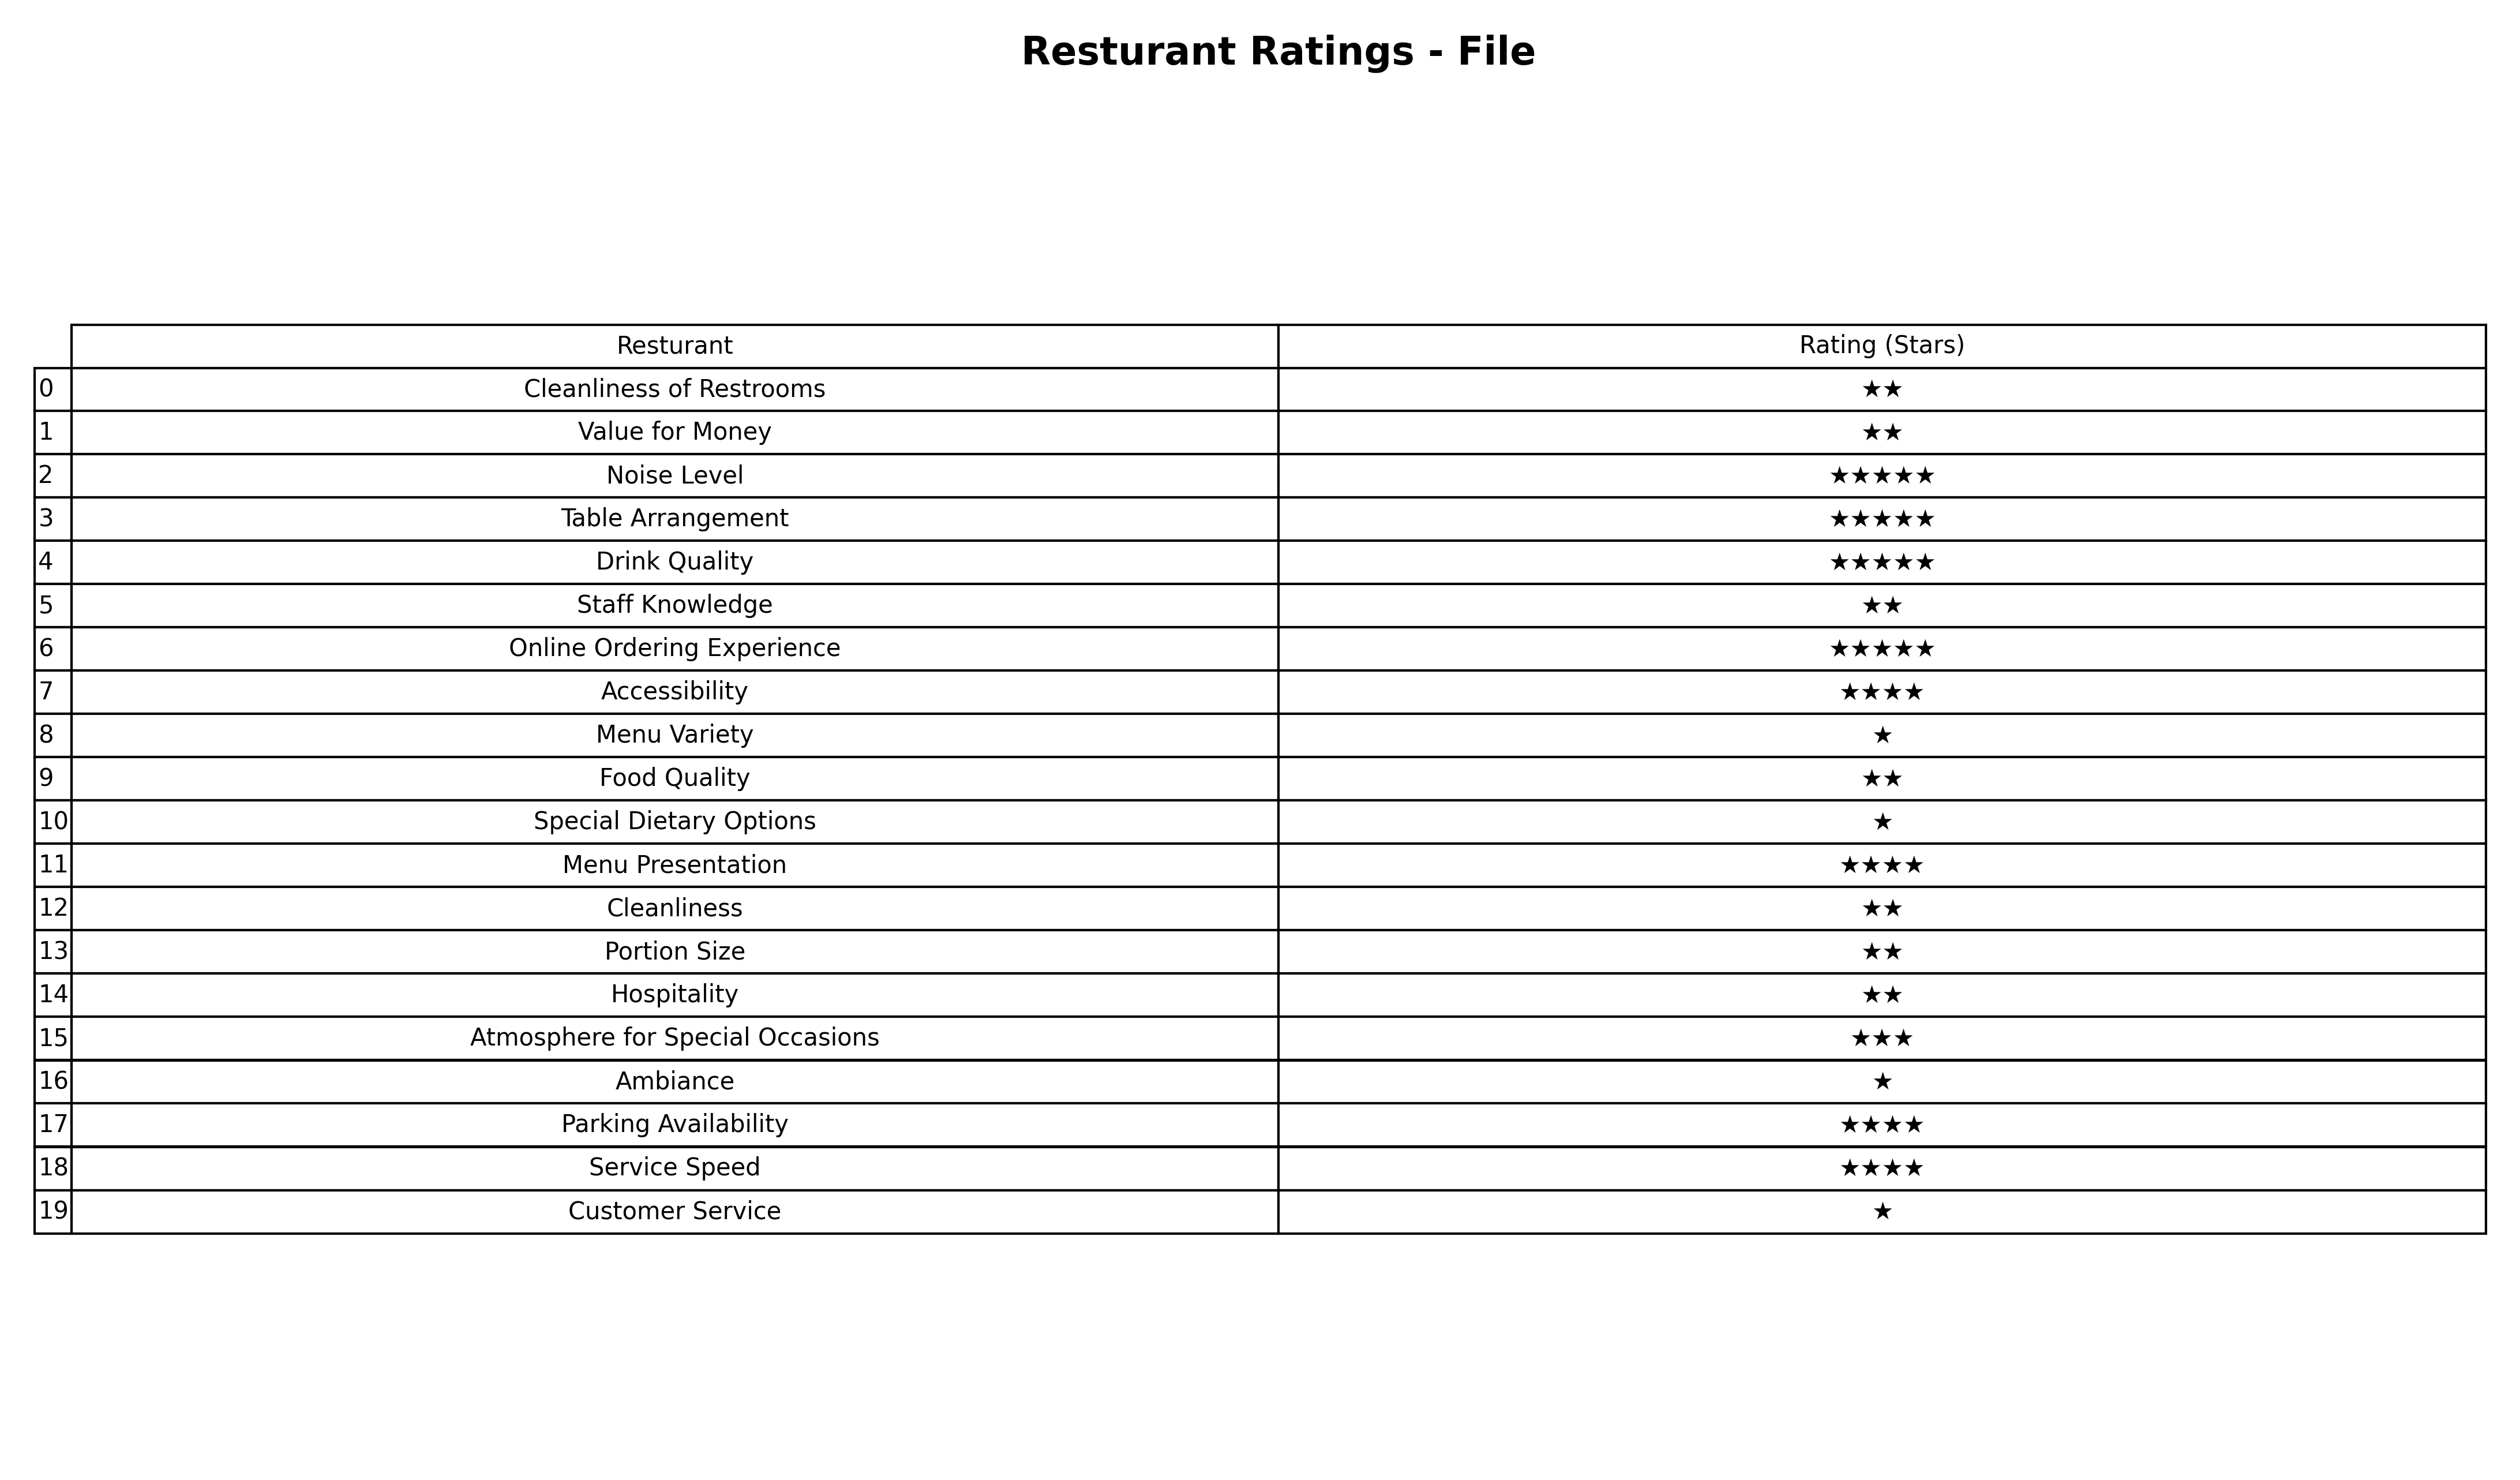
question: What are five star services?
answer: Noise LevelTable ArrangementDrink QualityOnline Ordering Experience